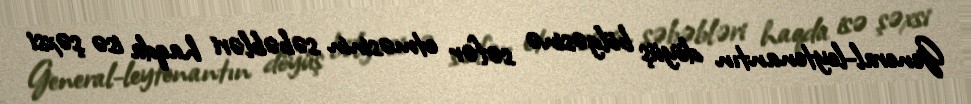
General-leytenantın döyüş bölgəsinə səfər etməsinin səbəbləri haqda isə şəxsi